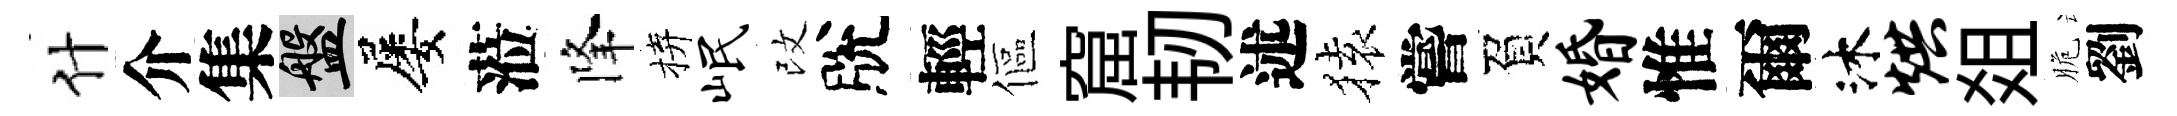
什介集盤屡蒞降拚岷改脫輕傴窟韧述𫞤嘗負婚惟爾沐烘爼脆劉